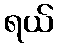
ရယ်